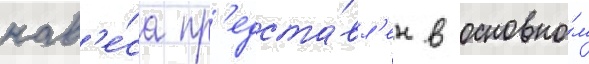
нав'е́са пр'едста́вл'ен в основно́м